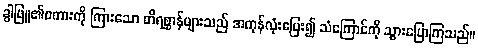
ခွါဖြူ၏စကားကို ကြားသော တိရစ္ဆာန်များသည် အကုန်လုံးပြေး၍ သံကြောင်ကို သွားပြောကြသည်။